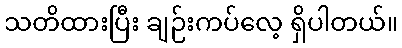
သတိထားပြီး ချဉ်းကပ်လေ့ ရှိပါတယ်။